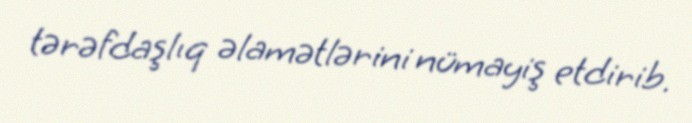
tərəfdaşlıq əlamətlərini nümayiş etdirib.